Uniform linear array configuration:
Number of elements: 12
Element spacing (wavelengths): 0.75
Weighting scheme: hamming
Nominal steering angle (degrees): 0
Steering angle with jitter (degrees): -1.854
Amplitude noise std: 0.05
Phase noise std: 0.05

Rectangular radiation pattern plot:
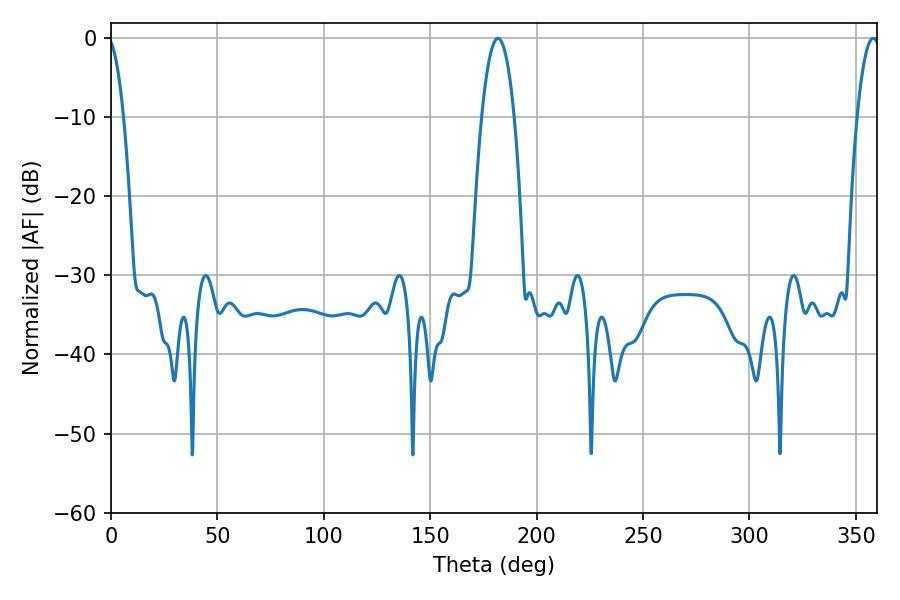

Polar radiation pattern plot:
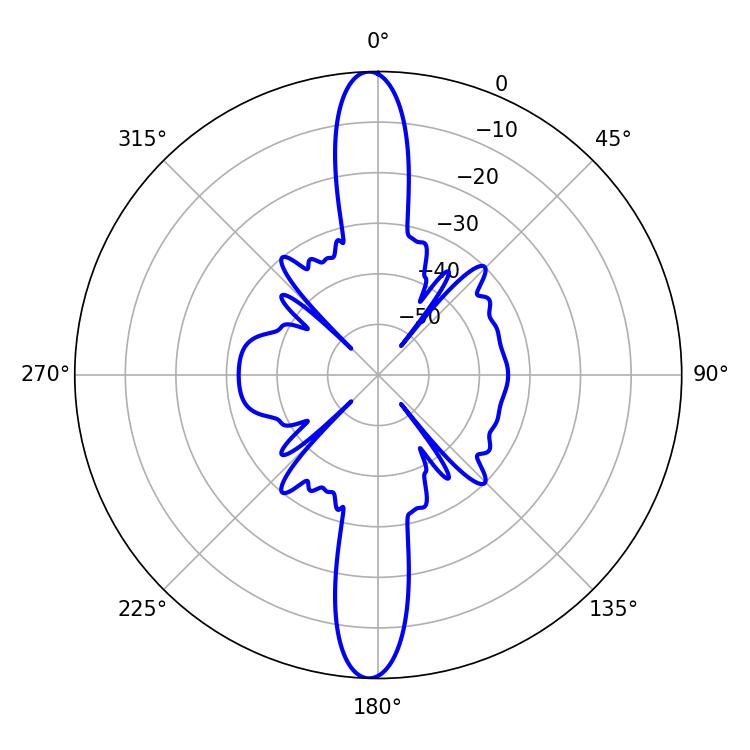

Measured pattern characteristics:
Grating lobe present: TRUE
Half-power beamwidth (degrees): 8.46
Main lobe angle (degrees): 181.8